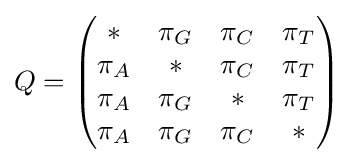
Q={\begin{pmatrix}{*}&{\pi _{G}}&{\pi _{C}}&{\pi _{T}}\\{\pi _{A}}&{*}&{\pi _{C}}&{\pi _{T}}\\{\pi _{A}}&{\pi _{G}}&{*}&{\pi _{T}}\\{\pi _{A}}&{\pi _{G}}&{\pi _{C}}&{*}\end{pmatrix}}